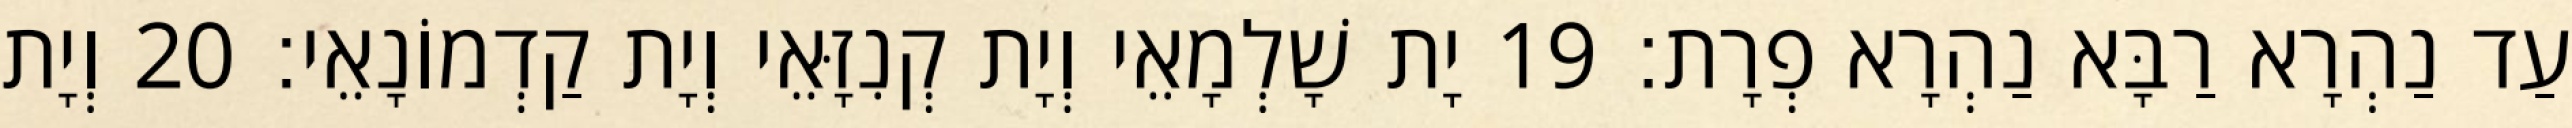
עַד נַהְרָא רַבָּא נַהְרָא פְרָת׃ 19 יָת שָׁלְמָאֵי וְיָת קְנִזָּאֵי וְיָת קַדְמוֹנָאֵי׃ 20 וְיָת